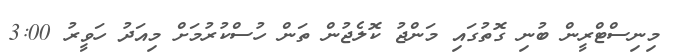
މިނިސްޓްރީން ބުނި ގޮތުގައި މަންޖު ކޮލެޖުން ތަން ހުސްކުރުމަށް މިއަދު ހަވީރު 3:00